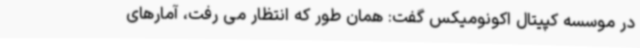
در موسسه کپیتال اکونومیکس گفت: همان طور که انتظار می رفت، آمارهای